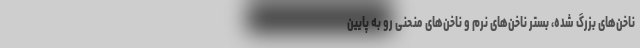
ناخن‌های بزرگ شده، بستر ناخن‌های نرم و ناخن‌های منحنی رو به پایین